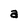
Character: a